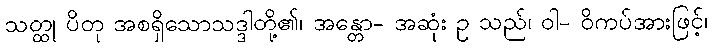
သတ္ထု ပိတု အစရှိသောသဒ္ဒါတို့၏၊ အန္တော- အဆုံး ဥ သည်၊ ဝါ- ဝိကပ်အားဖြင့်၊